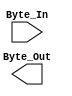
`timescale 1ns / 1ps
//////////////////////////////////////////////////////////////////////////////////
// Company: UMass Amherst
// 
// Design Name: 
// Module Name: S-box
// Project Name: AES CBC Core
// Target Devices: XC7Z010
// Tool Versions: Vivado 2022.1
// Description: 
// 
// Dependencies: 
// 
// Revision:
// Revision 0.01 - File Created
// Revision 0.02 - Started modifying for mathematical hardware based SBox
// Additional Comments:
// 
//////////////////////////////////////////////////////////////////////////////////

// 8 Bit width S_Box using Eucledian Algorithm inverse
// 1. Calculate multiplicative inverse "b"
//    - Inverse in GF(256) as such:
//      - g(x) = x^8 + x^4 + x^3 + x + 1
//      - p(x) is the input into the program
//      - Have to find q(x), the inverse of p(x)
//    - Can use extended Eculidean theorem, which requires loops
// 2. Perform affine transformation on "b" as s
// 3. Output s
module S_box(
    input [7:0] Byte_In,
    output [7:0] Byte_Out
    );
    
    
        
endmodule

// Calculate the multiplicative inverser
// 
// Needs to do three things:
// MAP the GF(2^8) element to two GF(2^4) elements of form a = alp1 * x + alp2
// 
// https://en.wikipedia.org/wiki/Extended_Euclidean_algorithm#Computing_multiplicative_inverses_in_modular_structures
module mult_inverse(
    input [7:0] p, // inverse input
    output [7:0] b // inverse output
    );
    

    
endmodule

// Map GF(2^8) to two GF(2^4)
// From: [1] https://ieeexplore.ieee.org/document/8641387
// It is shown that the choice of polynomials can increase the effciency of LUT6 mapping during synthesis
// As such: pick Q(z) = z^4 + z + 1 and P(y) = y^2 + y + 13
// Note that Q(z)
module GF8_to_GF4(

);

endmodule

// Calculate the mult inverse in GF(2^4)
module GF4_mult_inverse(

);

endmodule    


// 
module GF4_to_GF8(

);
    
endmodule